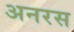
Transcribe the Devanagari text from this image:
अनरस